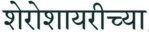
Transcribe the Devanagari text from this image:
शेरोशायरीच्या